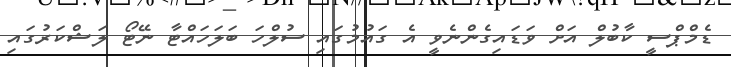
ޑެމްޕްސީ ކާބުލް އަށް ވަޑައިގެންނެވީ އެ ގައުމުގައި ސުލްހަ ބަލަހައްޓާ ނޭޓޯ ލަޝްކަރުގައި